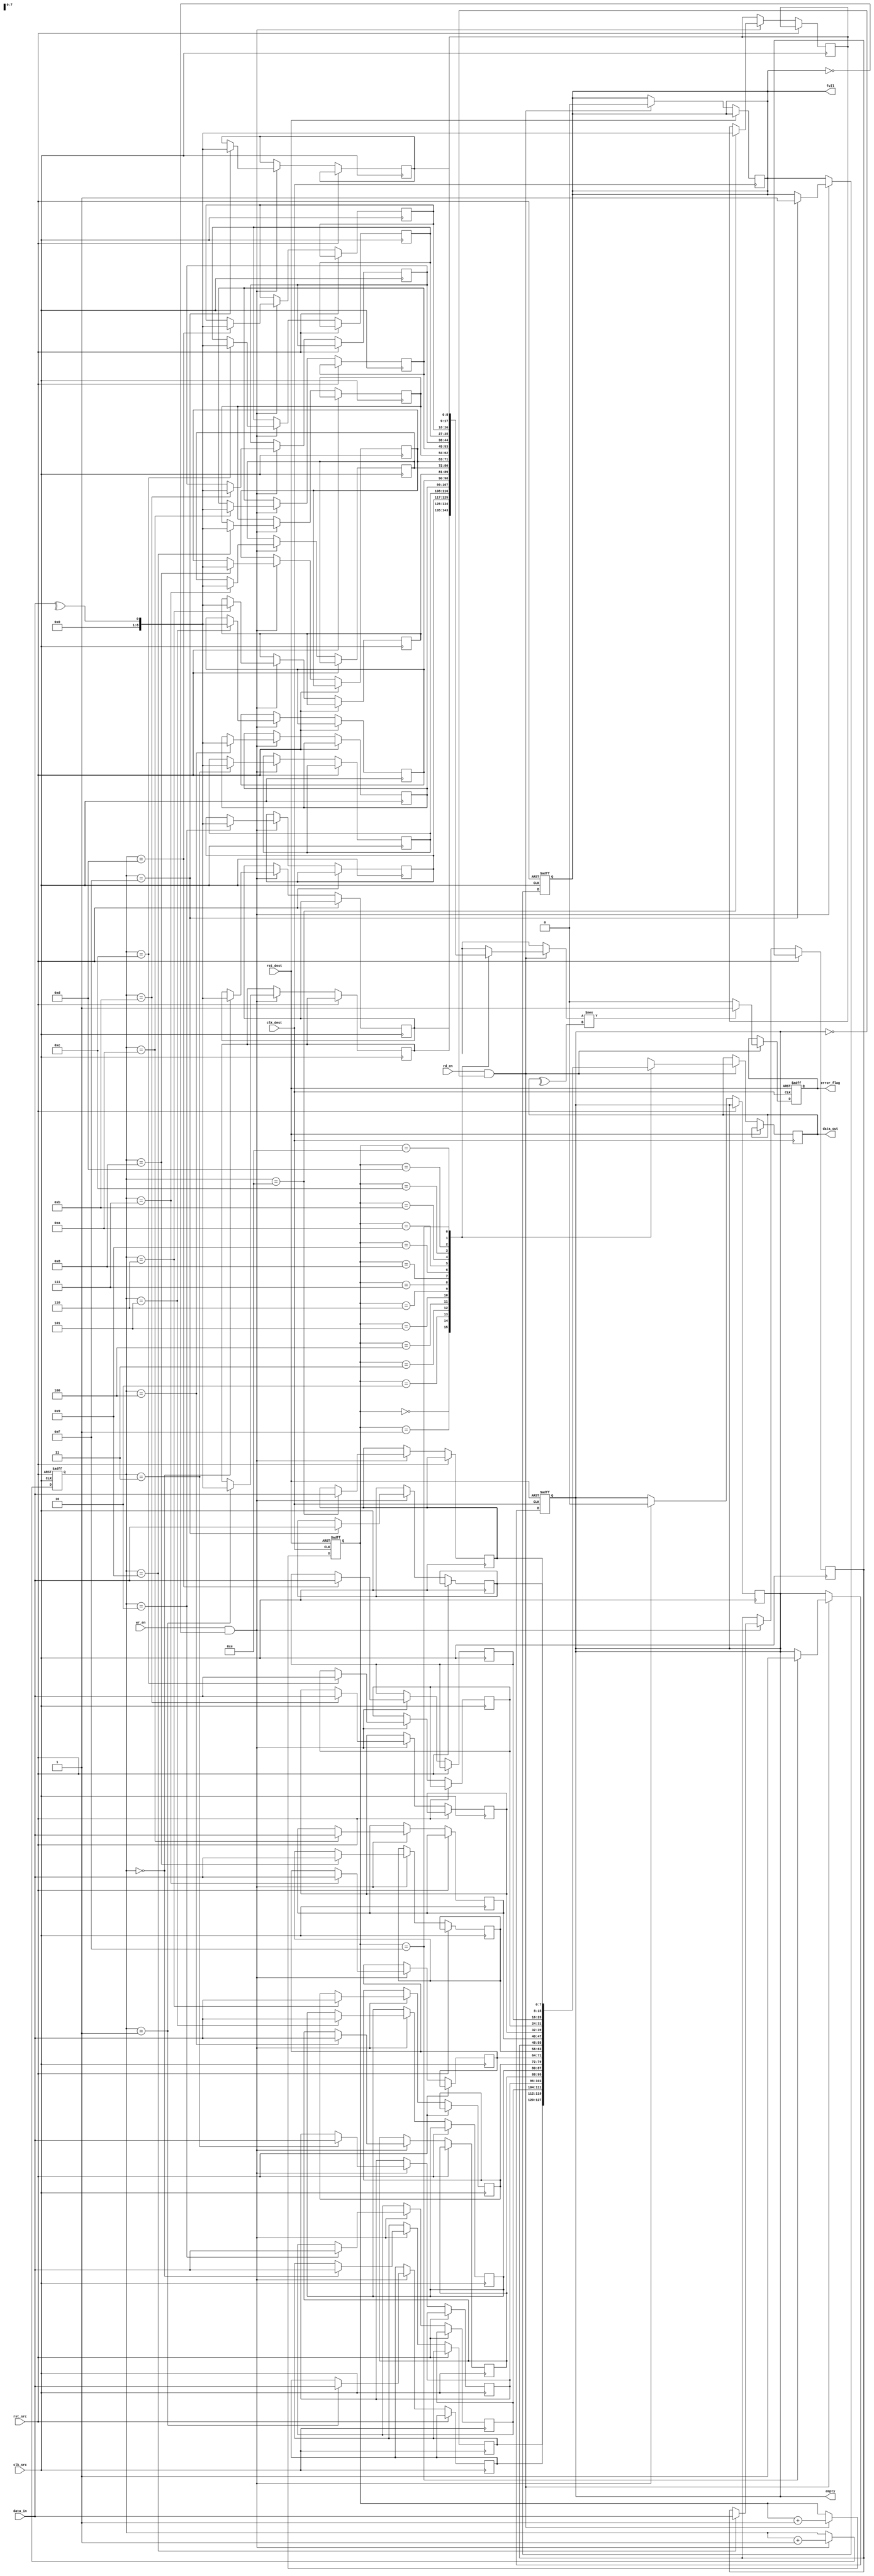
module dual_clock_fifo #(
    parameter DATA_WIDTH = 8,
    parameter FIFO_DEPTH = 16
)(
    input wire clk_src,          // Source clock
    input wire clk_dest,         // Destination clock
    input wire rst_src,          // Asynchronous reset for source domain
    input wire rst_dest,         // Asynchronous reset for destination domain
    input wire [DATA_WIDTH-1:0] data_in, // Data input
    input wire wr_en,            // Write enable
    input wire rd_en,            // Read enable
    output reg [DATA_WIDTH-1:0] data_out, // Data output
    output reg error_flag,       // Error flag
    output reg full,             // FIFO full flag
    output reg empty             // FIFO empty flag
);

    // FIFO memory
    reg [DATA_WIDTH-1:0] fifo_mem[FIFO_DEPTH-1:0];
    reg [DATA_WIDTH:0] parity_mem[FIFO_DEPTH-1:0]; // Parity memory
    reg [3:0] wr_ptr;          // Write pointer
    reg [3:0] rd_ptr;          // Read pointer
    reg [3:0] wr_ptr_gray;     // Gray code write pointer
    reg [3:0] rd_ptr_gray;     // Gray code read pointer
    reg [3:0] wr_ptr_sync;     // Synchronized write pointer
    reg [3:0] rd_ptr_sync;     // Synchronized read pointer

    // Write control logic
    always @(posedge clk_src or posedge rst_src) begin
        if (rst_src) begin
            wr_ptr <= 0;
            full <= 0;
        end else if (wr_en && !full) begin
            fifo_mem[wr_ptr] <= data_in;
            parity_mem[wr_ptr] <= ^data_in; // Even parity generation
            wr_ptr <= wr_ptr + 1;
            if (wr_ptr == FIFO_DEPTH - 1)
                full <= 1;
            empty <= 0;
        end
    end

    // Read control logic
    always @(posedge clk_dest or posedge rst_dest) begin
        if (rst_dest) begin
            rd_ptr <= 0;
            empty <= 1;
            error_flag <= 0;
        end else if (rd_en && !empty) begin
            data_out <= fifo_mem[rd_ptr];
            if (parity_mem[rd_ptr] !== ^data_out) begin
                error_flag <= 1; // Parity error detected
            end else begin
                error_flag <= 0;
            end
            rd_ptr <= rd_ptr + 1;
            if (rd_ptr == FIFO_DEPTH - 1)
                empty <= 1;
            full <= 0;
        end
    end

    // Gray code conversion for write pointer
    always @(posedge clk_src or posedge rst_src) begin
        if (rst_src) begin
            wr_ptr_gray <= 0;
        end else begin
            wr_ptr_gray <= (wr_ptr >> 1) ^ wr_ptr; // Convert to Gray code
        end
    end

    // Gray code conversion for read pointer
    always @(posedge clk_dest or posedge rst_dest) begin
        if (rst_dest) begin
            rd_ptr_gray <= 0;
        end else begin
            rd_ptr_gray <= (rd_ptr >> 1) ^ rd_ptr; // Convert to Gray code
        end
    end

    // Synchronize write pointer to destination clock domain
    always @(posedge clk_dest or posedge rst_dest) begin
        if (rst_dest) begin
            wr_ptr_sync <= 0;
        end else begin
            wr_ptr_sync <= wr_ptr_gray; // Synchronize write pointer
        end
    end

    // Synchronize read pointer to source clock domain
    always @(posedge clk_src or posedge rst_src) begin
        if (rst_src) begin
            rd_ptr_sync <= 0;
        end else begin
            rd_ptr_sync <= rd_ptr; // Synchronize read pointer
        end
    end

endmodule